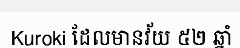
Kuroki ដែលមានវ័យ ៥២ ឆ្នាំ